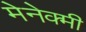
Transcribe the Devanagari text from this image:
मेनेक्मी